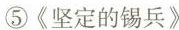
⑤《坚定的锡兵》